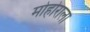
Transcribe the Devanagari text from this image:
मोहोराला